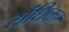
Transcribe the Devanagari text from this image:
संधिकर